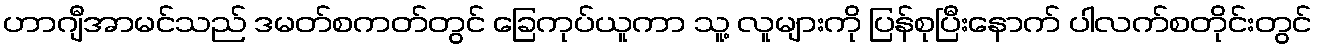
ဟာဂျီအာမင်သည် ဒမတ်စကတ်တွင် ခြေကုပ်ယူကာ သူ့ လူများကို ပြန်စုပြီးနောက် ပါလက်စတိုင်းတွင်